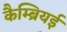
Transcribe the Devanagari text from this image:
कैम्ब्रियई